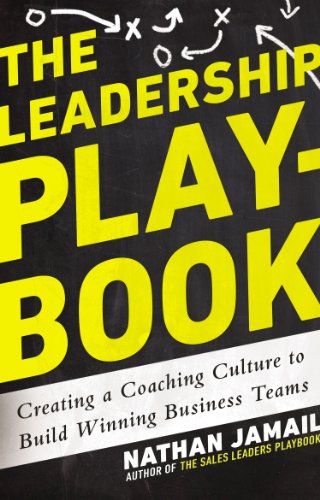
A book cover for The Leadership Playbook: Creating a Coaching Culture to Build Winning Business Teams; Nathan Jamail; Business & Money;